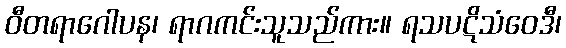
ဝီတရာဂေါပန၊ ရာဂကင်းသူသည်ကား။ ရသပဋိသံဝေဒီ၊